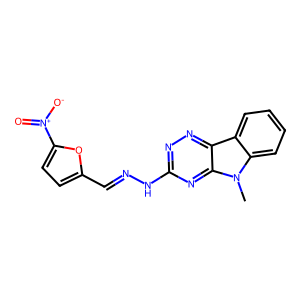
SMILES: Cn1c2ccccc2c2nnc(NN=Cc3ccc([N+](=O)[O-])o3)nc21
Inhibits HIV replication: No